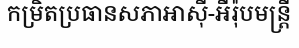
កម្រិតប្រធានសភាអាស៊ី-អឺរ៉ុបមន្ត្រី